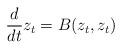
LaTeX: \begin{align*}\frac{d}{dt} z_t = B(z_t,z_t)\end{align*}